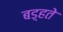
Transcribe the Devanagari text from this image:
बड़्हते